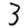
Digit: 3